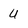
Character: u